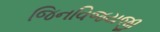
જિનવિજયજી